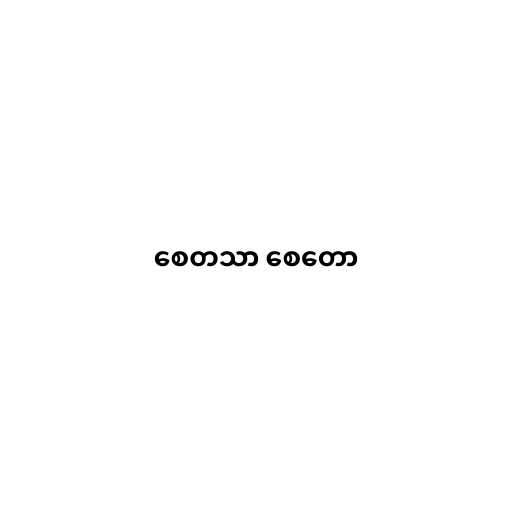
စေတသာ စေတော